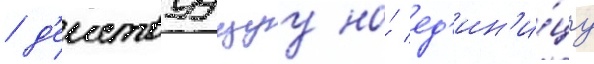
/ д'еиствуущуу на́ ед'ин'и́цу